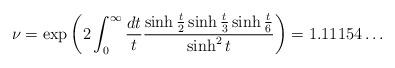
LaTeX: \begin{align*}\nu =\exp \left( 2\int_{0}^{\infty }\frac{dt}{t}\frac{\sinh \frac{t}{2}\sinh \frac{t}{3}\sinh \frac{t}{6}}{\sinh ^{2}t}\right) =1.11154\ldots\end{align*}